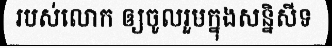
របស់លោក ឲ្យចូលរួមក្នុងសន្និសីទ